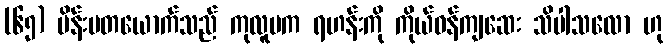
(၆၅) မိန်းမတယောက်သည် ကုလူပက ရဟန်းကို ကိုယ်ဝန်ကျဆေး သိပါသလော ဟု